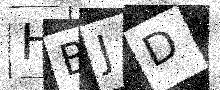
Text: HBJD